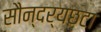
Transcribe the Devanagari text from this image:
सौन्दर्यछटा